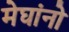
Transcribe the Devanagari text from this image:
मेघांनो